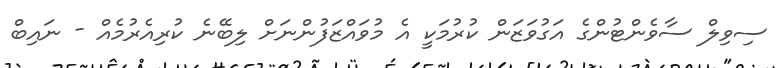
ސިވިލް ސާވެންޓުންގެ އަގުވަޒަން ކުރުމަކީ އެ މުވައްޒަފުންނަށް ލިބޭނެ ކުރިއެރުމެއް - ނައިބް